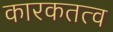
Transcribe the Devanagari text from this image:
कारकतत्व